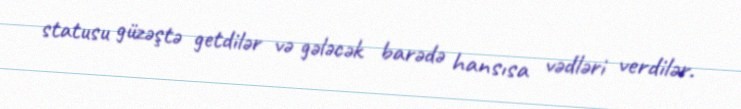
statusu güzəştə getdilər və gələcək barədə hansısa vədləri verdilər.